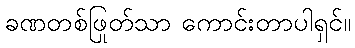
ခဏတစ်ဖြုတ်သာ ကောင်းတာပါရှင်။